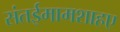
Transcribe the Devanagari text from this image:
संतईमामशाहए